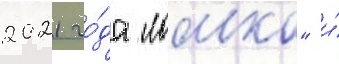
2021 го́да "ломка" и́